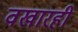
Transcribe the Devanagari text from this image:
वखारही